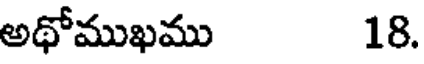
అథోముఖము 18.